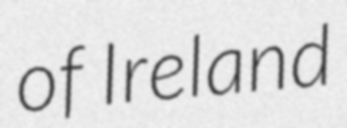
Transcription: of Ireland